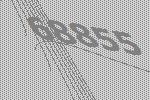
68855